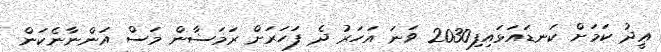
ޢީދު ކަމަށް ކަނޑައަޅައިފި2030 ވަނަ އަހަރު ދެ ފަހަރަށް ރަމަޟާން މަސް އަންނާނެކަން